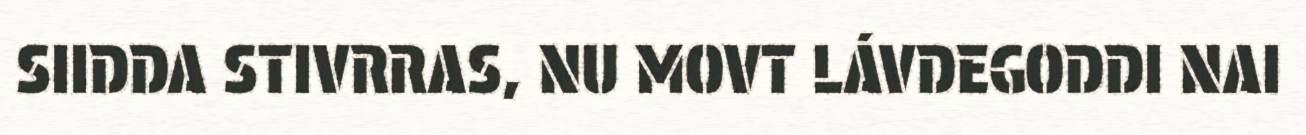
SIIDDA STIVRRAS, NU MOVT LÁVDEGODDI NAI